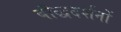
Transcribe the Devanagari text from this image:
बौद्धदर्शनों